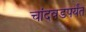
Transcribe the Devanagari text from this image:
चांदवडपर्यंत